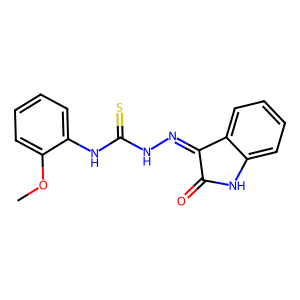
SMILES: COc1ccccc1NC(=S)NN=C1C(=O)Nc2ccccc21
Inhibits HIV replication: No